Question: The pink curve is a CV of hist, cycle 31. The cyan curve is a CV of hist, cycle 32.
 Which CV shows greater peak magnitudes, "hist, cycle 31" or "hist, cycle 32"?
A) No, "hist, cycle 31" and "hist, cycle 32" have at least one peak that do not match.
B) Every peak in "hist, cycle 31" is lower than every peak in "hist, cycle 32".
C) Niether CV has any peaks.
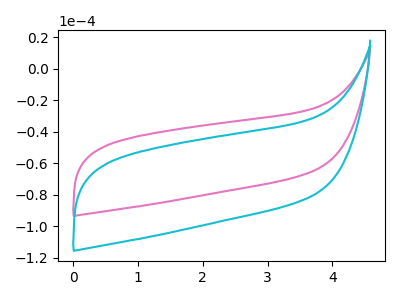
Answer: <think>The pink curve "hist, cycle 31" has no peaks. The cyan curve "hist, cycle 32" has no peaks.</think>
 <answer>C) Niether CV has any peaks.</answer>
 <eval>C</eval>